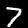
Digit: 7